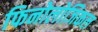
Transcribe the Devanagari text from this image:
फिनोलोजिकल